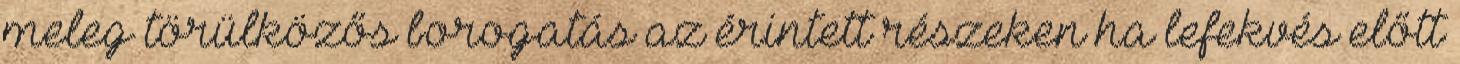
meleg törülközős borogatás az érintett részeken ha lefekvés előtt